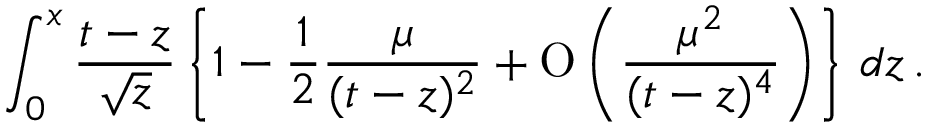
\int _ { 0 } ^ { x } { \frac { t - z } { \sqrt { z } } } \left\lbrace 1 - { \frac { 1 } { 2 } } { \frac { \mu } { ( t - z ) ^ { 2 } } } + \mathrm { O } \left( { \frac { \mu ^ { 2 } } { ( t - z ) ^ { 4 } } } \right) \right\rbrace \, d z \, .